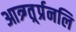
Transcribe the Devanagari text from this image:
आत्र्ग्त्र्र्प्रनलि